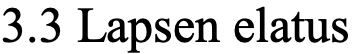
3.3 Lapsen elatus